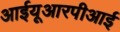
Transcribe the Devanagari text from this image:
आईयूआरपीआई